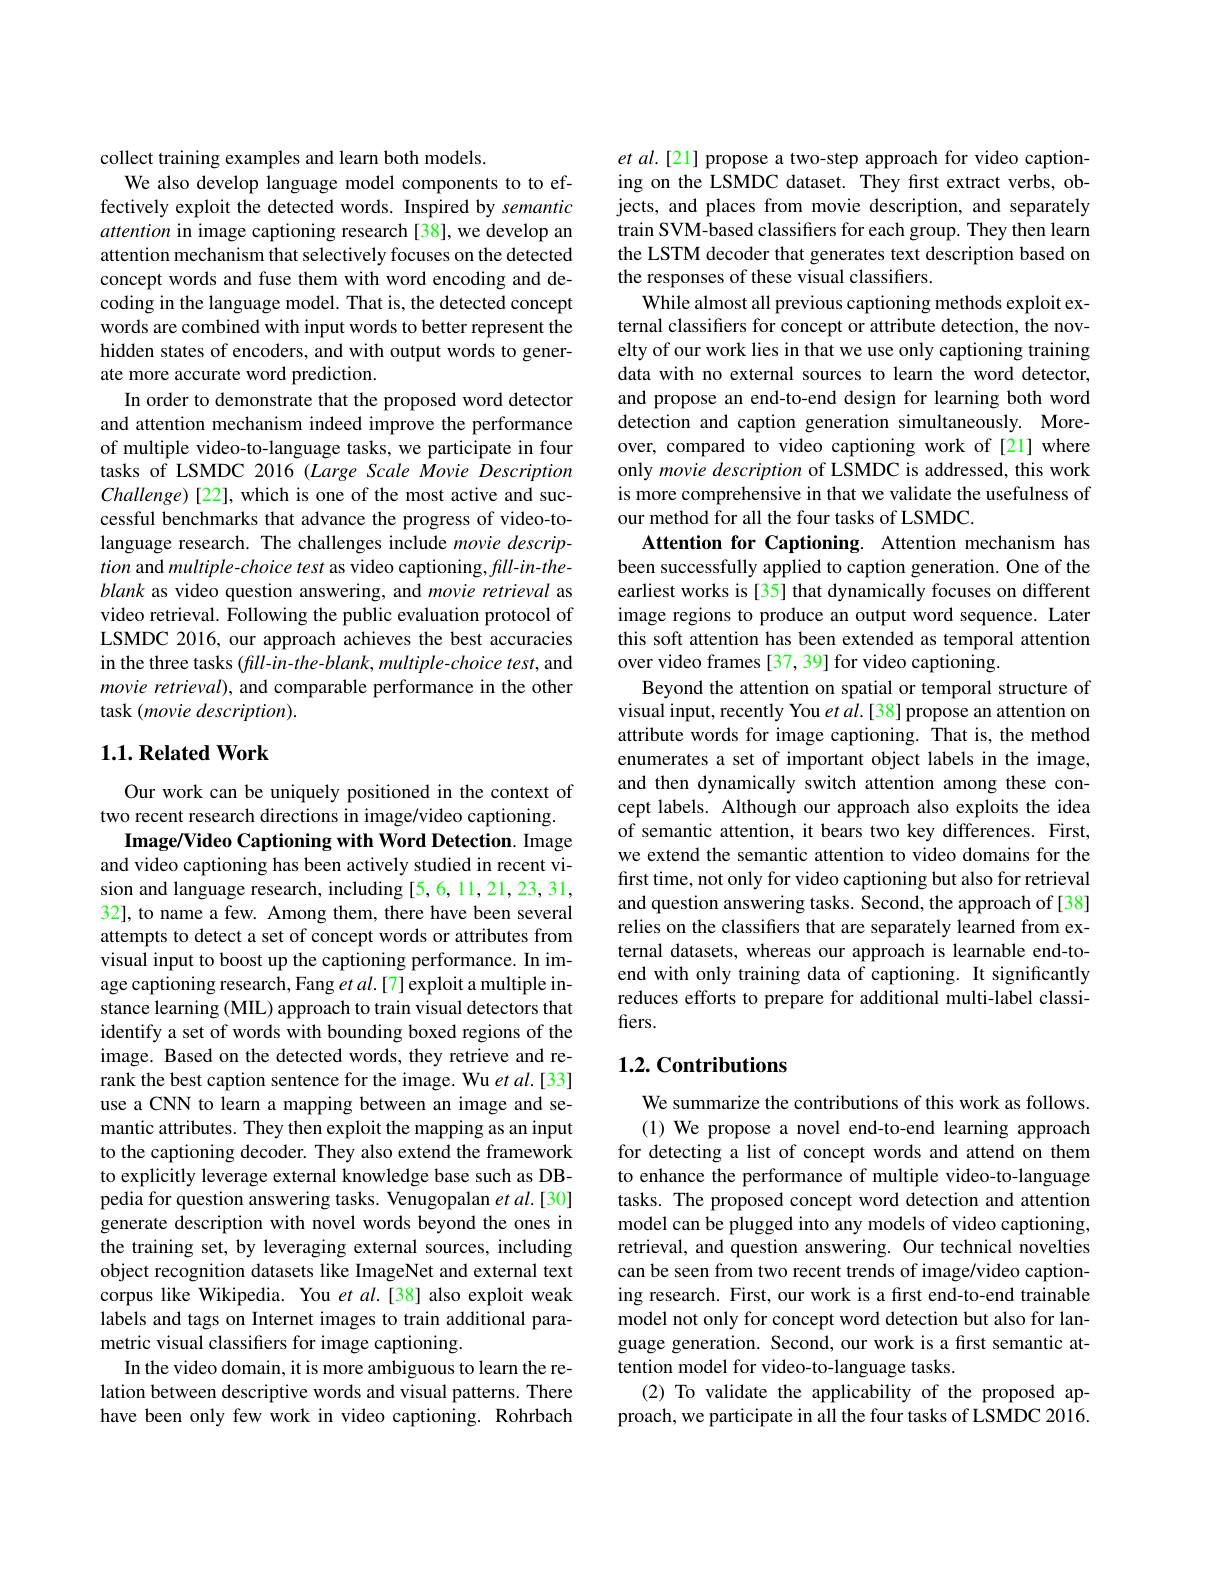
collect training examples and learn both models.
We also develop language model components to to effectively exploit the detected words. Inspired by semantic attention in image captioning research [38], we develop an attention mechanism that selectively focuses on the detected concept words and fuse them with word encoding and decoding in the language model. That is, the detected concept words are combined with input words to better represent the hidden states of encoders, and with output words to generate more accurate word prediction.
In order to demonstrate that the proposed word detector and attention mechanism indeed improve the performance of multiple video-to-language tasks, we participate in four tasks of LSMDC 2016 (Large Scale Movie Description $Challenge)[22]$, which is one of the most active and successful benchmarks that advance the progress of video-tolanguage research. The challenges include movie description and multiple-choice test as video captioning, fill-in-theblank as video question answering, and movie retrieval as video retrieval. $\hat{\text{Following the public evaluation protocol of}}$ LSMDC 2016, our approach achieves the best accuracies in the three tasks (fill-in-the-blank, multiple-choice test, and movie retrieval), and comparable performance in the other task (movie description).

## $1. 1. \textbf{Related Work}$

Our work can be uniquely positioned in the context of
two recent research directions in image/video captioning.
Image/Video Captioning with Word Detection. Image and video captioning has been actively studied in recent vision and language research, including [5, 6, 11, 21, 23, 31, 32], to name a few. Among them, there have been several attempts to detect a set of concept words or attributes from visual input to boost up the captioning performance. In image captioning research, Fang $etal.[7]$ exploit a multiple instance learning (MIL) approach to train visual detectors that identify a set of words with bounding boxed regions of the image. Based on the detected words, they retrieve and rerank the best caption sentence for the image. Wu et al.[33] use a CNN to learn a mapping between an image and semantic attributes. They then exploit the mapping as an input to the captioning decoder. They also extend the framework to explicitly leverage external knowledge base such as DBpedia for question answering tasks. Venugopalan et al.[30] generate description with novel words beyond the ones in the training set, by leveraging external sources, including object recognition datasets like ImageNet and external text corpus like Wikipedia. You et al.[38] also exploit weak labels and tags on Internet images to train additional parametric visual classifiers for image captioning.
In the video domain, it is more ambiguous to learn the relation between descriptive words and visual patterns. There have been only few work in video captioning. Rohrbach

et al.[21] propose a two-step approach for video captioning on the LSMDC dataset. They first extract verbs, objects, and places from movie description, and separately train SVM-based classifiers for each group. They then learn the LSTM decoder that generates text description based on the responses of these visual classifiers.
While almost all previous captioning methods exploit external classifiers for concept or attribute detection, the novelty of our work lies in that we use only captioning training data with no external sources to learn the word detector, and propose an end-to-end design for learning both word detection and caption generation simultaneously. Moreover, compared to video captioning work of [21] where only movie description of LSMDC is addressed, this work is more comprehensive in that we validate the usefulness of our method for all the four tasks of LSMDC.
Attention for Captioning. Attention mechanism has been successfully applied to caption generation. One of the earliest works is [35] that dynamically focuses on different image regions to produce an output word sequence. Later this soft attention has been extended as temporal attention over video frames [37, 39] for video captioning.
Beyond the attention on spatial or temporal structure of visual input, recently You $etal.[38]$ propose an attention on attribute words for image captioning. That is, the method enumerates a set of important object labels in the image, and then dynamically switch attention among these concept labels. Although our approach also exploits the idea of semantic attention, it bears two key differences. First, we extend the semantic attention to video domains for the first time, not only for video captioning but also for retrieval and question answering tasks. Second, the approach of [38] relies on the classifiers that are separately learned from external datasets, whereas our approach is learnable end-toend with only training data of captioning. It significantly reduces efforts to prepare for additional multi-label classifiers.

## 1.2. Contributions

We summarize the contributions of this work as follows. (1) We propose a novel end-to-end learning approach
for detecting a list of concept words and attend on them to enhance the performance of multiple video-to-language tasks. The proposed concept word detection and attention model can be plugged into any models of video captioning, retrieval, and question answering. Our technical novelties can be seen from two recent trends of image/video captioning research. First, our work is a first end-to-end trainable model not only for concept word detection but also for language generation. Second, our work is a first semantic attention model for video-to-language tasks.
(2) To validate the applicability of the proposed approach, we participate in all the four tasks of LSMDC 2016.